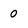
Character: 0